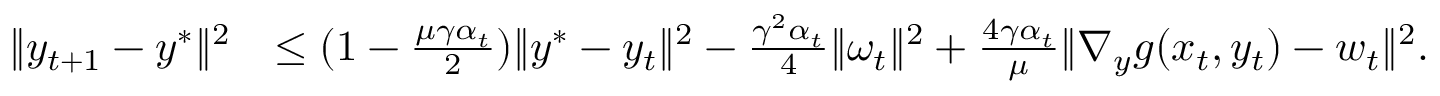
\begin{array} { r l } { \| y _ { t + 1 } - y ^ { * } \| ^ { 2 } } & { \leq ( 1 - \frac { \mu \gamma \alpha _ { t } } { 2 } ) \| y ^ { * } - y _ { t } \| ^ { 2 } - \frac { \gamma ^ { 2 } \alpha _ { t } } { 4 } \| \omega _ { t } \| ^ { 2 } + \frac { 4 \gamma \alpha _ { t } } { \mu } \| \nabla _ { y } g ( x _ { t } , y _ { t } ) - w _ { t } \| ^ { 2 } . } \end{array}